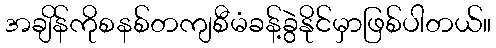
အချိန်ကိုစနစ်တကျစီမံခန့်ခွဲနိုင်မှာဖြစ်ပါတယ်။